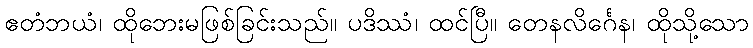
ဧတံဘယံ၊ ထိုဘေးမဖြစ်ခြင်းသည်။ ပဒိဿံ၊ ထင်ပြီ။ တေနလိင်္ဂေန၊ ထိုသို့သော